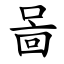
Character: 啚